Investigations on Bengal jail dietaries - Number 37
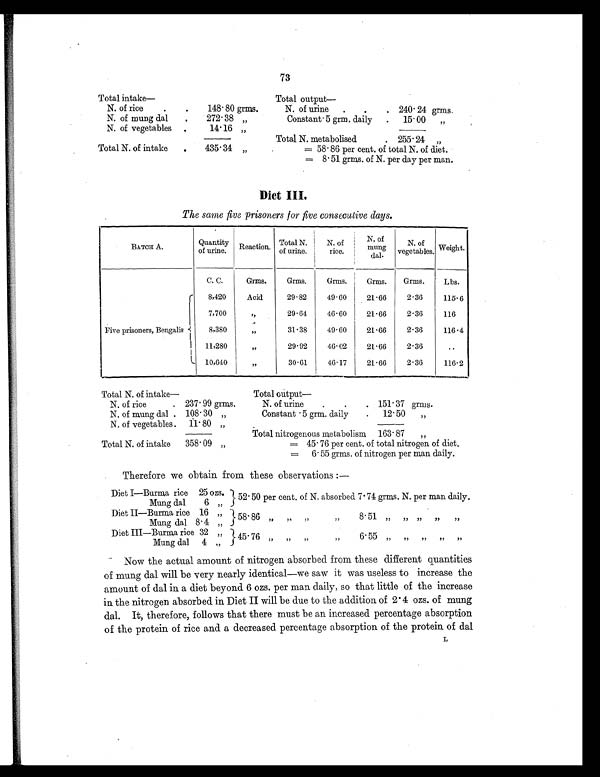
73
T o t a l i n t a k e —
Total output
—
N. of rice
.
.
148.80 grms.
N. of urine
.
.
. 240.24 grms.
N. of mung dal
.
272.38 „
Constant .5 grm. daily
.
15.00 „
N. of vegetables .
14.16 „
Total N. metabolised
.
255.24 „
Total N. of intake
.
435.34 „
= 58.86 per cent. of total N. of diet.
= 8.51 grms. of N. per day per man.
Diet III.
The same five prisoners for five consecutive days.
BATCH A.
Quantity
of urine.
Reaction. Total N.
of urine.
N. of
rice.
N. of
mung
dal.
N. of
vegetables. Weight.
C. C.
Grms.
Grms.
Grms.
Grms.
Grms.
Lbs.
Five prisoners, Bengalis
8,420
Acid
29.82
49.60
21.66
2.36
115.6
7,700
„
29.64
46.60
21.66
2.36
116
8,380
„
31.38
49.60
21.66
2.36
116.4
11,280
„
29.92
46.02
21.66
2.36
..
10,640
„
30.61
46.17
21.66
2.36
116.2
Total N. of intake—
Total output—
N. of rice
. 237.99 grms.
N. of urine
.
.
. 151.37 grms.
N. of mung dal . 108.30 „
Constant .5 grm. daily
.
12.50 „
N. of vegetables .
11.80 „
Total nitrogenous metabolism 163.87 „
Total N. of intake
358.09 „
= 45.76 per cent. of total nitrogen of diet.
= 6.55 grms. of nitrogen per man daily.
Therefore we obtain from these observations :—
Diet I—Burma rice 25 ozs.
52.50 per cent. of N. absorbed 7.74 grms. N. per man daily.
Mung dal
6 „
Diet II—Burma rice 16 „
58.8 „ „ „ „ 8.51
„ „ „ „ „
Mung dal 8.4 „
Diet III-Burma rice 32 „
45.76 „ „ „ „ 6.55 „ „ „ „ „
Mung dal
4 „
Now the actual amount of nitrogen absorbed from these different quantities
of mung dal will be very nearly identical—we saw it was useless to increase the
amount of dal in a diet beyond 6 ozs. per man daily, so that little of the increase
in the nitrogen absorbed in Diet II will be due to the addition of 2.4 ozs. of mung
dal. It, therefore, follows that there must be an increased percentage absorption
of the protein of rice and a decreased percentage absorption of the protein of dal
L